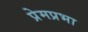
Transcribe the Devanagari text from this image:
प्रेमप्रभा